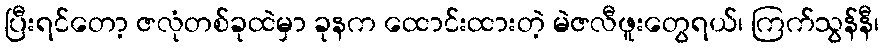
ပြီးရင်တော့ ဇလုံတစ်ခုထဲမှာ ခုနက ထောင်းထားတဲ့ မဲဇလီဖူးတွေရယ်၊ ကြက်သွန်နီ၊